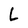
Character: L